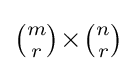
{\textstyle {\binom {m}{r}}\!\times \!{\binom {n}{r}}}